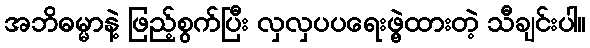
အဘိဓမ္မာနဲ့ ဖြည့်စွက်ပြီး လှလှပပရေးဖွဲ့ထားတဲ့ သီချင်းပါ။